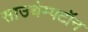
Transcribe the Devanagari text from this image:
साउथेम्पटॉन